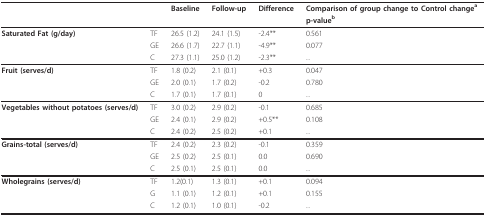
<table><thead><tr><td>[EMPTY_CELL]</td><td>[EMPTY_CELL]</td><td><b>Baseline</b></td><td><b>Follow-up</b></td><td><b>Difference</b></td><td><b>Comparison of group change to Control change<sup>a</sup></b></td></tr><tr><td>[EMPTY_CELL]</td><td>[EMPTY_CELL]</td><td>[EMPTY_CELL]</td><td>[EMPTY_CELL]</td><td>[EMPTY_CELL]</td><td><b>p-value<sup>b</sup></b></td></tr></thead><tbody><tr><td><b>Saturated Fat (g/day)</b></td><td>TF</td><td>26.5 (1.2)</td><td>24.1 (1.5)</td><td>-2.4**</td><td>0.561</td></tr><tr><td>[EMPTY_CELL]</td><td>GE</td><td>26.6 (1.7)</td><td>22.7 (1.1)</td><td>-4.9**</td><td>0.077</td></tr><tr><td>[EMPTY_CELL]</td><td>C</td><td>27.3 (1.1)</td><td>25.0 (1.2)</td><td>-2.3**</td><td>...</td></tr><tr><td><b>Fruit (serves/d)</b></td><td>TF</td><td>1.8 (0.2)</td><td>2.1 (0.1)</td><td>+0.3</td><td>0.047</td></tr><tr><td>[EMPTY_CELL]</td><td>GE</td><td>2.0 (0.1)</td><td>1.7 (0.2)</td><td>-0.2</td><td>0.780</td></tr><tr><td>[EMPTY_CELL]</td><td>C</td><td>1.7 (0.1)</td><td>1.7 (0.1)</td><td>0</td><td>...</td></tr><tr><td><b>Vegetables without potatoes (serves/d)</b></td><td>TF</td><td>3.0 (0.2)</td><td>2.9 (0.2)</td><td>-0.1</td><td>0.685</td></tr><tr><td>[EMPTY_CELL]</td><td>GE</td><td>2.4 (0.1)</td><td>2.9 (0.2)</td><td>+0.5**</td><td>0.108</td></tr><tr><td>[EMPTY_CELL]</td><td>C</td><td>2.4 (0.2)</td><td>2.5 (0.2)</td><td>+0.1</td><td>...</td></tr><tr><td><b>Grains-total (serves/d)</b></td><td>TF</td><td>2.4 (0.2)</td><td>2.3 (0.2)</td><td>-0.1</td><td>0.359</td></tr><tr><td>[EMPTY_CELL]</td><td>GE</td><td>2.5 (0.2)</td><td>2.5 (0.1)</td><td>0.0</td><td>0.690</td></tr><tr><td>[EMPTY_CELL]</td><td>C</td><td>2.5 (0.1)</td><td>2.5 (0.1)</td><td>0.0</td><td>...</td></tr><tr><td><b>Wholegrains (serves/d)</b></td><td>TF</td><td>1.2(0.1)</td><td>1.3 (0.1)</td><td>+0.1</td><td>0.094</td></tr><tr><td>[EMPTY_CELL]</td><td>G</td><td>1.1 (0.1)</td><td>1.2 (0.1)</td><td>+0.1</td><td>0.155</td></tr><tr><td>[EMPTY_CELL]</td><td>C</td><td>1.2 (0.1)</td><td>1.0 (0.1)</td><td>-0.2</td><td>...</td></tr></tbody></table>